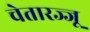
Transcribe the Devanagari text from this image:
चेतारज्जू